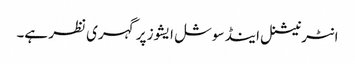
انٹرنیشنل اینڈ سوشل ایشوز پر گہری نظر ہے۔